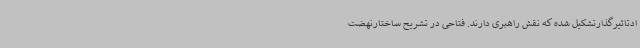
ادتاثیرگذارتشکیل شده که نقش راهبری دارند. فتاحی در تشریح ساختارنهضت